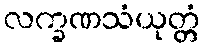
လက္ခဏသံယုတ္တံ